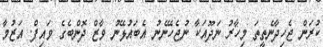
ކުރަން ޖެހިދާނެތީތަ މިހާރު ނަދޫއަކާ ނުޖެހޭނެނު އެބައުޅޭނު ވާޒް ދޮންބެގެ ވައިފް. އަޒުމާ